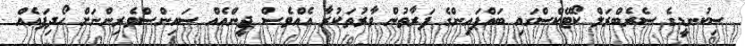
ސިކުނޑީގެ ސެރެބްރަލް ކޯޓޭކްސްގައި ބައްޕައިންގެ ފަރާތުން ވާރުތަކުރާ އެއްވެސް ޖީންއެއް ސައިންސްވެރިންނަށް ހޯދިފައެއް